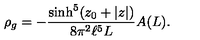
\rho _ { g } = - \frac { \sinh ^ { 5 } ( z _ { 0 } + | z | ) } { 8 \pi ^ { 2 } \ell ^ { 5 } L } A ( L ) .